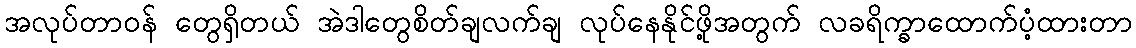
အလုပ်တာဝန် တွေရှိတယ် အဲဒါတွေစိတ်ချလက်ချ လုပ်နေနိုင်ဖို့အတွက် လခရိက္ခာထောက်ပံ့ထားတာ